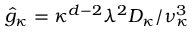
\hat { g } _ { \kappa } = \kappa ^ { d - 2 } \lambda ^ { 2 } D _ { \kappa } / \nu _ { \kappa } ^ { 3 }